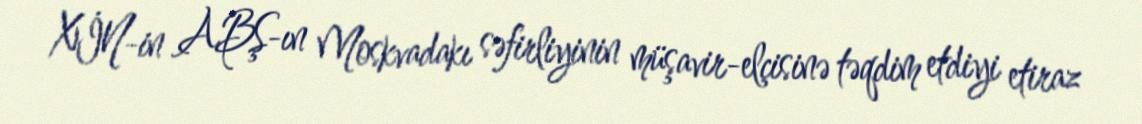
XİN-in ABŞ-ın Moskvadakı səfirliyinin müşavir-elçisinə təqdim etdiyi etiraz